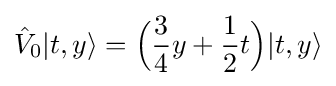
{\hat {V}}_{0}|t,y\rangle ={\Bigl (}{\frac {3}{4}}y+{\frac {1}{2}}t{\Bigr )}|t,y\rangle